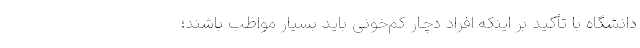
دانشگاه با تأکید بر اینکه افراد دچار کم‌خونی باید بسیار مواظب باشند؛